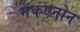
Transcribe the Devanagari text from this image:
मॅकएनोन